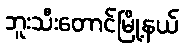
ဘူးသီးတောင်မြို့နယ်